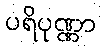
ပရိပုဏ္ဏာ